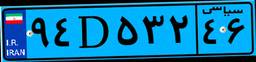
۹۴D۵۳۲۴۶